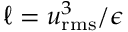
\ell = u _ { \mathrm { r m s } } ^ { 3 } / \epsilon